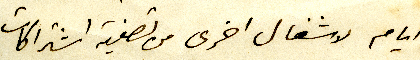
ايام لاشغال اخرى من تصفية اشتراكات